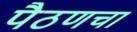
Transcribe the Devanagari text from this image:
पैठणचा